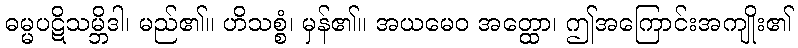
ဓမ္မပဋိသမ္ဘိဒါ၊ မည်၏။ ဟိသစ္စံ၊ မှန်၏။ အယမေဝ အတ္ထော၊ ဤအကြောင်းအကျိုး၏